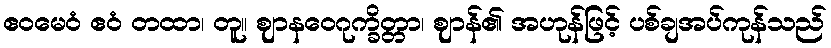
ဧဝမေဝံ ဧဝံ တထာ၊ တူ။ ဈာနဝေဂုက္ခိတ္တာ၊ ဈာန်၏ အဟုန်ဖြင့် ပစ်ချအပ်ကုန်သည်